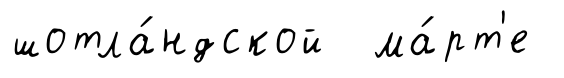
шотла́ндской ма́рт'е